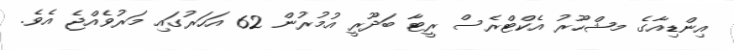
އިންޑިއާގެ މޝްހޫރު އެކްޓްރެސް ރީޓާ ބަދޫރީ އުމުރުން 62 އަހަރުގައި މަރުވެއްޖެ އެވެ.